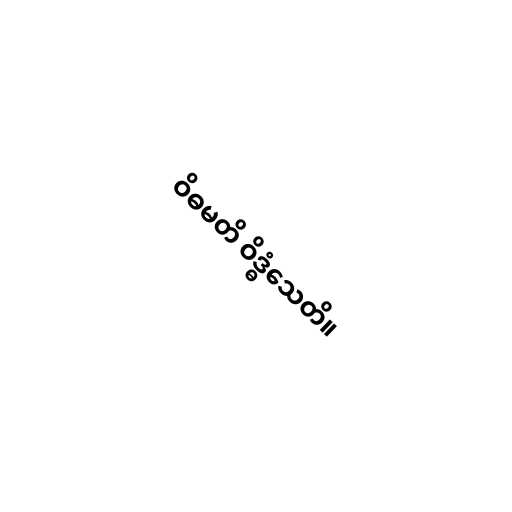
ဝိဓမတိ ဝိဒ္ဓံသေတိ။